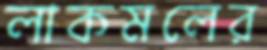
লাকমলের